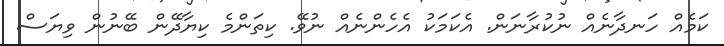
ކަމެއް ހަނދާނެއް ނުކުރާނަން. އެކަމަކު އެހެންނެއް ނުވޭ. ކިތަންމެ ކިޔާދޭން ބޭނުން ވިޔަސް